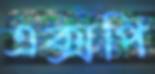
এক্সপি